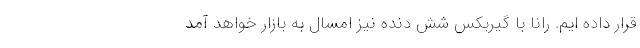
قرار داده ایم. رانا با گیربکس شش دنده نیز امسال به بازار خواهد آمد